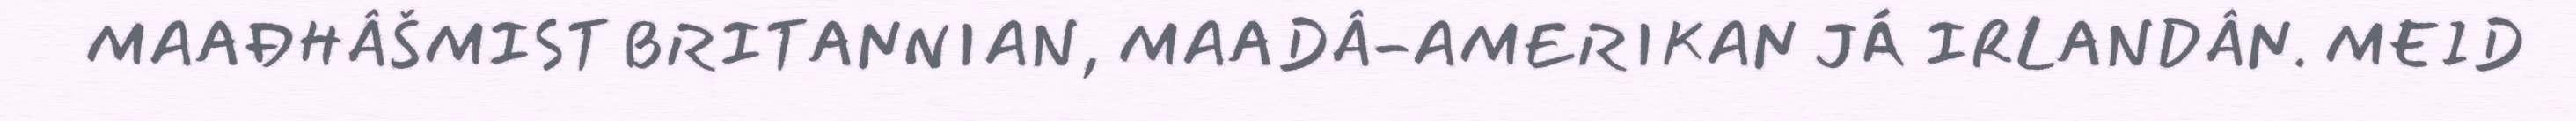
MAAĐHÂŠMIST BRITANNIAN, MAADÂ-AMERIKAN JÁ IRLANDÂN. MEID